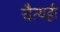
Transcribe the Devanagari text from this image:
चैत्यही